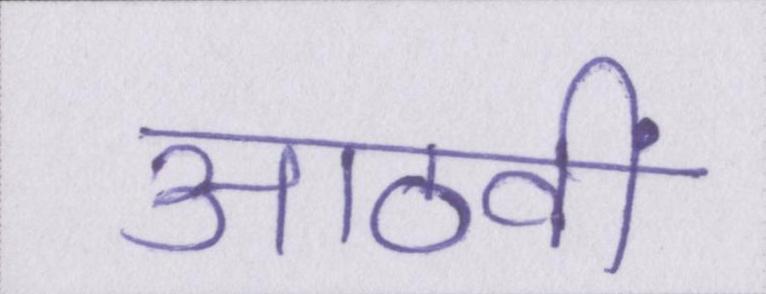
आठवीं